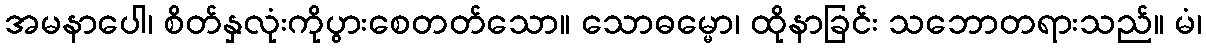
အမနာပေါ၊ စိတ်နှလုံးကိုပွားစေတတ်သော။ သောဓမ္မော၊ ထိုနာခြင်း သဘောတရားသည်။ မံ၊